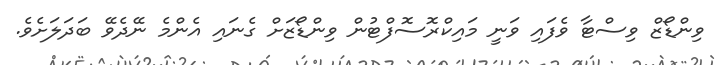
ވިންޑޯޒް ވިސްޓާ ވެފައި ވަނީ މައިކްރޮސޮފްޓުން ވިންޑޯޒަށް ގެނައި އެންމެ ނޭދެވޭ ބަދަލަށެވެ.